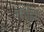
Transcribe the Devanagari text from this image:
चाहिये